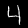
Digit: 4